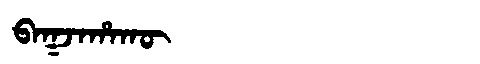
Manchu: ᠪᠠᡴᠵᠠᡥᠠᡴᡡ
Romanization: BAKJAHAKŪ